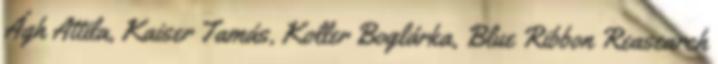
Ágh Attila, Kaiser Tamás, Koller Boglárka, Blue Ribbon Reasearch